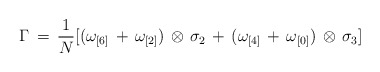
\begin{align*}\Gamma \, = \, \frac{1}{N} [(\omega_{[6]} \, + \, \omega_{[2]}) \, \otimes \,\sigma_{2} \, + \, (\omega_{[4]} \, + \, \omega_{[0]}) \, \otimes \, \sigma_{3}]\end{align*}